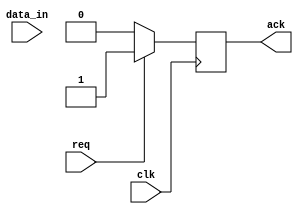
module Memory (
    input wire clk,
    input wire req,
    output reg ack,
    input wire [7:0] data_in
);
    reg [7:0] buffer; // Buffer to hold incoming data
    
    always @(posedge clk) begin
        if (req) begin
            // Receive data from the master when REQ is asserted
            buffer <= data_in;
            ack <= 1'b1; // Acknowledge receipt of data
        end else begin
            ack <= 1'b0; // Deassert ACK if REQ is not asserted
        end
    end
endmodule